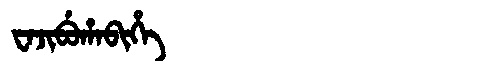
Manchu: ᠸᠠᠵᡳᠪᡠᡥᠠᠪᡳᡥᡝ
Romanization: WAJIBUHABIHE